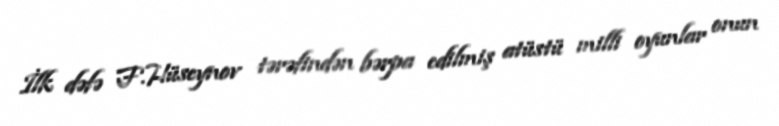
İlk dəfə F.Hüseynov tərəfindən bərpa edilmiş atüstü milli oyunlar onun